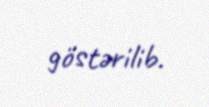
göstərilib.